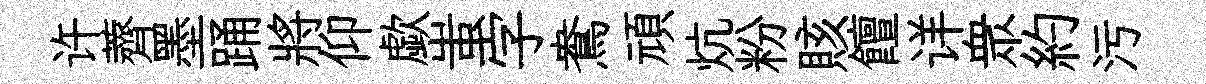
许薺墨踊將仰歔蚩字鴦頑炕粉賅饘详衆約污